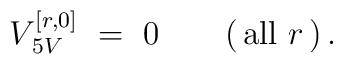
V_{\,5V}^{[r,0]} \  = \  0  \qquad  (\,\mathrm{all}\ r\,)\, .